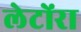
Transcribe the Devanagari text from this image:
लेटोंरा